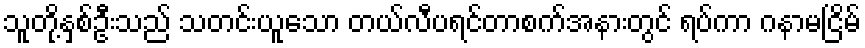
သူတို့နှစ်ဦးသည် သတင်းယူသော တယ်လီပရင်တာစက်အနားတွင် ရပ်ကာ ဂနာမငြိမ်